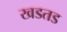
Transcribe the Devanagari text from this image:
खडतड